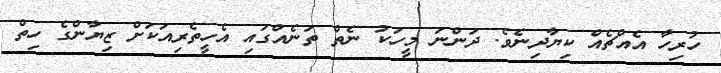
ހުރިހާ އެއްޗެއް ކިޔާދިނެވެ. ދަންނަ މީހަކު ނެތް ތަނެއްގައި އެހީތެރިއަކަށް ޒިޔާންގެ ހިތް